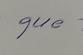
Signature authenticity: genuine